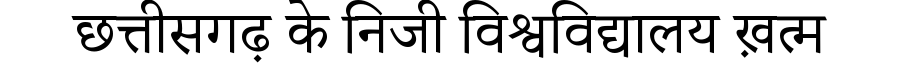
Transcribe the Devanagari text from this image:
छत्तीसगढ़ के निजी विश्वविद्यालय ख़त्म